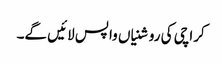
کراچی کی روشنیاں واپس لائیں گے۔